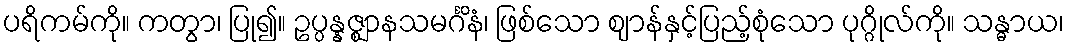
ပရိကမ်ကို။ ကတွာ၊ ပြု၍။ ဥပ္ပန္နဇ္ဈာနသမင်္ဂိနံ၊ ဖြစ်သော ဈာန်နှင့်ပြည့်စုံသော ပုဂ္ဂိုလ်ကို။ သန္ဓာယ၊